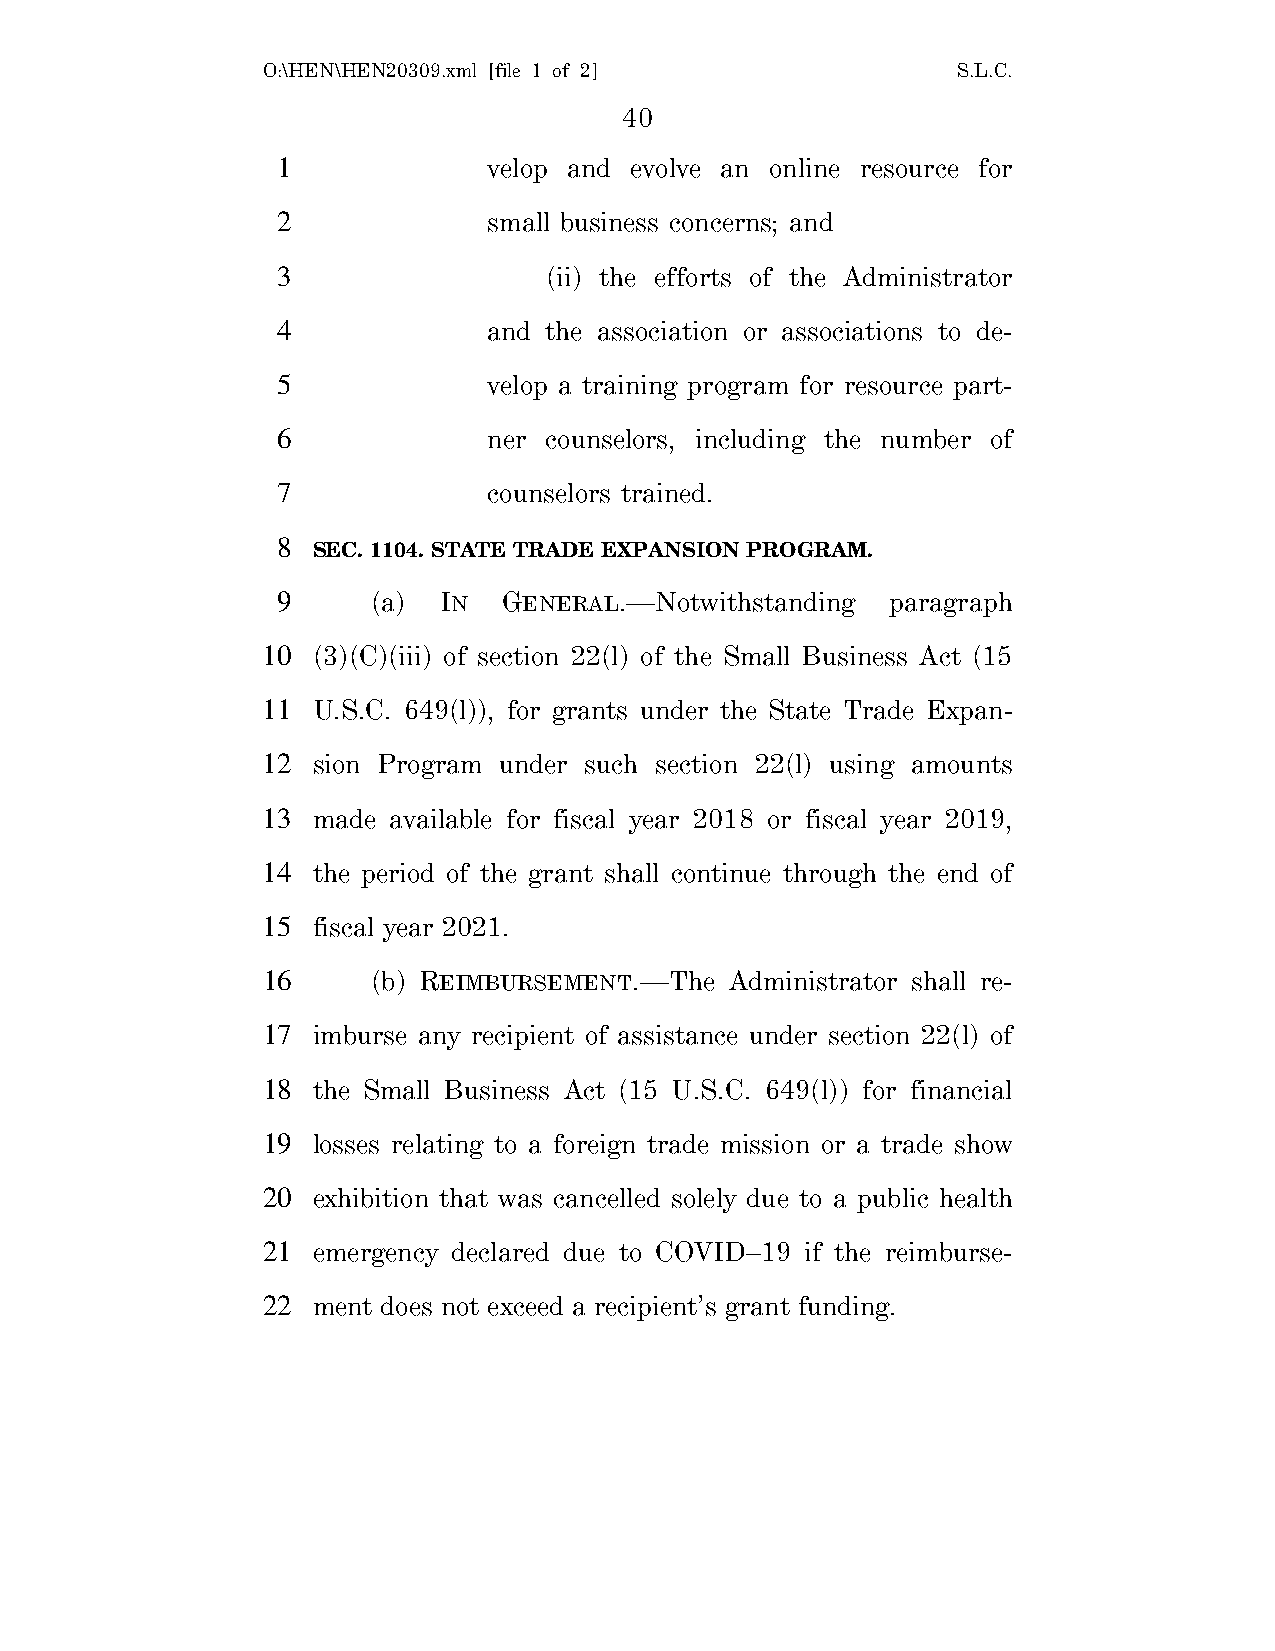
O:\HEN\HEN20309.xml [file 1 of 2]             S.L.C.
 40
 1             velop and evolve an online resource for
 2             small business concerns; and
 3                 (ii) the efforts of the Administrator
 4             and the association or associations to de-
 5             velop a training program for resource part-
 6             ner counselors, including the number of
 7             counselors trained.
 8
 SEC. 1104. STATE TRADE EXPANSION PROGRAM.
 9      (a) IN  GENERAL.—Notwithstanding  paragraph
 10  (3)(C)(iii) of section 22(l) of the Small Business Act (15
 11  U.S.C. 649(l)), for grants under the State Trade Expan-
 12  sion Program under such section 22(l) using amounts
 13  made available for fiscal year 2018 or fiscal year 2019,
 14  the period of the grant shall continue through the end of
 15  fiscal year 2021.
 16      (b) REIMBURSEMENT.—The Administrator shall re-
 17  imburse any recipient of assistance under section 22(l) of
 18  the Small Business Act (15 U.S.C. 649(l)) for financial
 19  losses relating to a foreign trade mission or a trade show
 20  exhibition that was cancelled solely due to a public health
 21  emergency declared due to COVID–19 if the reimburse-
 22  ment does not exceed a recipient’s grant funding.